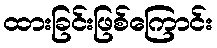
ထားခြင်းဖြစ်ကြောင်း